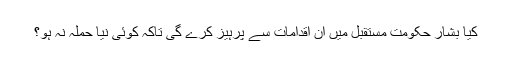
کیا بشار حکومت مستقبل میں ان اقدامات سے پرہیز کرے گی تاکہ کوئی نیا حملہ نہ ہو؟